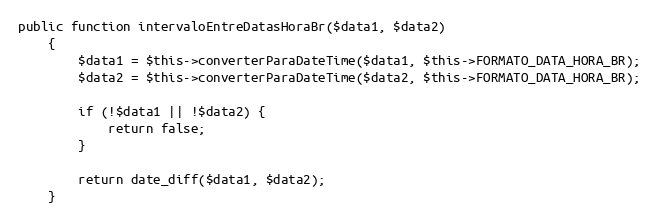
Language: PHP
public function intervaloEntreDatasHoraBr($data1, $data2)
    {
        $data1 = $this->converterParaDateTime($data1, $this->FORMATO_DATA_HORA_BR);
        $data2 = $this->converterParaDateTime($data2, $this->FORMATO_DATA_HORA_BR);

        if (!$data1 || !$data2) {
            return false;
        }

        return date_diff($data1, $data2);
    }